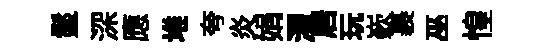
鬣深應堆夸炎娟濯居玩嶔裹巫惶